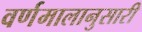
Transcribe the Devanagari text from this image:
वर्णमालानुसारी